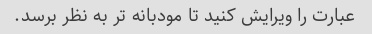
عبارت را ویرایش کنید تا مودبانه تر به نظر برسد.